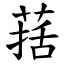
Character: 葀